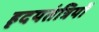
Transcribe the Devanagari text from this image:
हृदयतंत्रियों